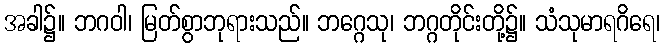
အခါ၌။ ဘဂဝါ၊ မြတ်စွာဘုရားသည်။ ဘဂ္ဂေသု၊ ဘဂ္ဂတိုင်းတို့၌။ သံသုမာရဂိရေ၊